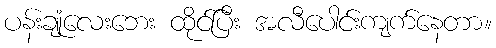
ပန်းချုံလေးဘေး ထိုင်ပြီး အလီပေါင်းကျက်နေတာ။